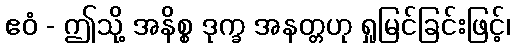
ဧဝံ - ဤသို့ အနိစ္စ ဒုက္ခ အနတ္တဟု ရှုမြင်ခြင်းဖြင့်၊